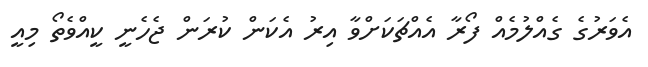
އެވަރުގެ ގެއްލުމެއް ފޯރާ އެއްޗަކަށްވާ އިރު އެކަން ކުރަން ޖެހެނީ ކީއްވެތޯ މިއީ